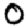
Digit: 0